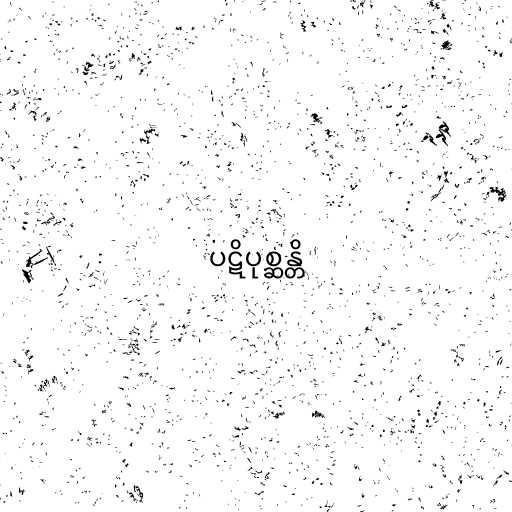
ပဋိပုစ္ဆန္တိ